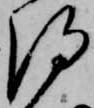
得